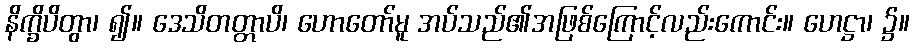
နိက္ခိပိတွာ၊ ၍။ ဒေသိတတ္တာပိ၊ ဟောတော်မူ အပ်သည်၏အဖြစ်ကြောင့်လည်းကောင်း။ ဟေဋ္ဌာ၊ ၌။